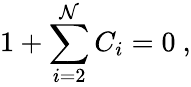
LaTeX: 1+\sum_{i=2}^{\mathcal{N}}C_{i}=0\ ,